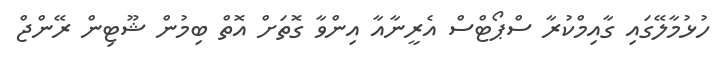
ހުޅުމާލޭގައި ގާއިމްކުރާ ސްޕޯޓްސް އެރީނާއާ އިންވާ ގޮތަށް އޮތް ބިމުން ޝޫޓިން ރޭންޖް